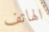
الهاتف